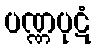
ပဏ္ဏပုဋံ